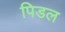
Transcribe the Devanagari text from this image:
पिडल